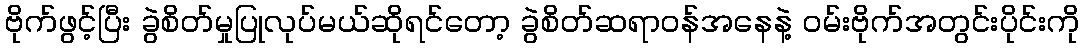
ဗိုက်ဖွင့်ပြီး ခွဲစိတ်မှုပြုလုပ်မယ်ဆိုရင်တော့ ခွဲစိတ်ဆရာဝန်အနေနဲ့ ဝမ်းဗိုက်အတွင်းပိုင်းကို